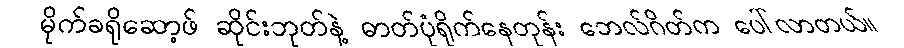
မိုက်ခရိုဆော့ဖ် ဆိုင်းဘုတ်နဲ့ ဓာတ်ပုံရိုက်နေတုန်း ဘေလ်ဂိတ်က ပေါ်လာတယ်။